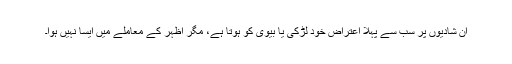
ان شادیوں پر سب سے پہلا اعتراض خود لڑکی یا بیوی کو ہوتا ہے، مگر اظہر کے معاملے میں ایسا نہیں ہوا۔